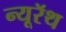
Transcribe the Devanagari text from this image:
न्यूरॅथ